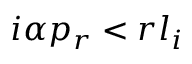
i \alpha p _ { r } < r l _ { i }